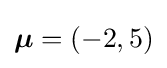
{\boldsymbol {\mu }}=(-2,5)